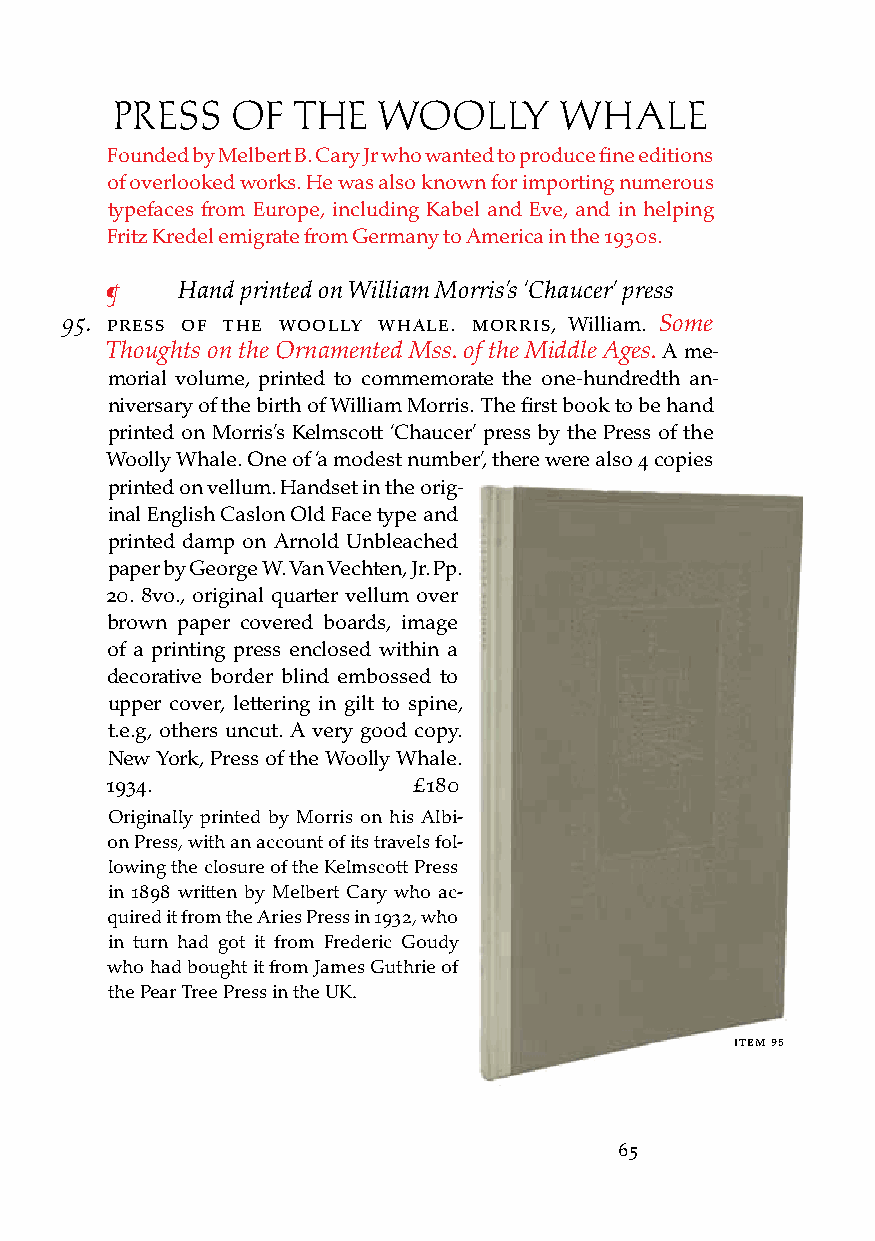
PRESS   Of  THE   WOOLLY      WHALE
 Founded by Melbert B. Cary Jr who wanted to produce fine editions
 of overlooked works. He was also known for importing numerous
 typefaces from Europe, including Kabel and Eve, and in helping
 Fritz Kredel emigrate from Germany to America in the 1930s.
 ¶    Hand printed on William Morris’s ‘Chaucer’ press
 95. Press of tHe Woolly WHale. Morris, William. Some
 Thoughts on the Ornamented Mss. of the Middle Ages. A me-
 morial volume, printed to commemorate the one-hundredth an-
 niversary of the birth of William Morris. The first book to be hand
 printed on Morris’s Kelmscott ‘Chaucer’ press by the Press of the
 Woolly Whale. One of ‘a modest number’, there were also 4 copies
 printed on vellum. Handset in the orig-
 inal English Caslon Old Face type and
 printed damp on Arnold Unbleached
 paper by George W. Van Vechten, Jr. Pp.
 20. 8vo., original quarter vellum over
 brown paper covered boards, image
 of a printing press enclosed within a
 decorative border blind embossed to
 upper cover, lettering in gilt to spine,
 t.e.g, others uncut. A very good copy.
 New York, Press of the Woolly Whale.
 1934.               £180
 Originally printed by Morris on his Albi-
 on Press, with an account of its travels fol-
 lowing the closure of the Kelmscott Press
 in 1898 written by Melbert Cary who ac-
 quired it from the Aries Press in 1932, who
 in turn had got it from Frederic Goudy
 who had bought it from James Guthrie of
 the Pear Tree Press in the UK.
 iteM 95
 65